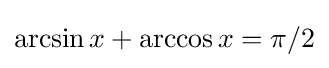
\arcsin x+\arccos x=\pi /2